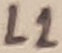
Text: L1